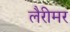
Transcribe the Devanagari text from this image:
लैरीमर